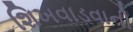
શિખવાડવાની